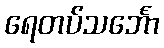
ရေတပ်သင်္ဘော